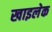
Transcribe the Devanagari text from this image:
खाइलेक